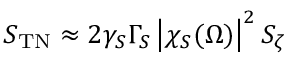
S _ { \mathrm { T N } } \approx 2 \gamma _ { S } \Gamma _ { S } \left| \chi _ { S } ( \Omega ) \right| ^ { 2 } S _ { \zeta }